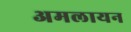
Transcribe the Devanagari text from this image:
अमलायन